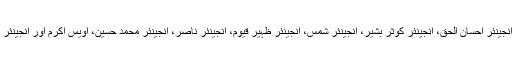
فورم کے دیگر منتظمین میں انجینئر احسان الحق، انجینئر کوثر بشیر، انجینئر شمس، انجینئر ظہیر قیوم، انجینئر ناصر، انجینئر محمد حسین، اویس اکرم اور انجینئر اشتیاق ہاشمی بھی شامل تھے۔